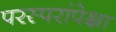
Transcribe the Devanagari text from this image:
परस्परांपेक्षा